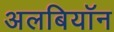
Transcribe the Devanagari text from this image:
अलबियॉन